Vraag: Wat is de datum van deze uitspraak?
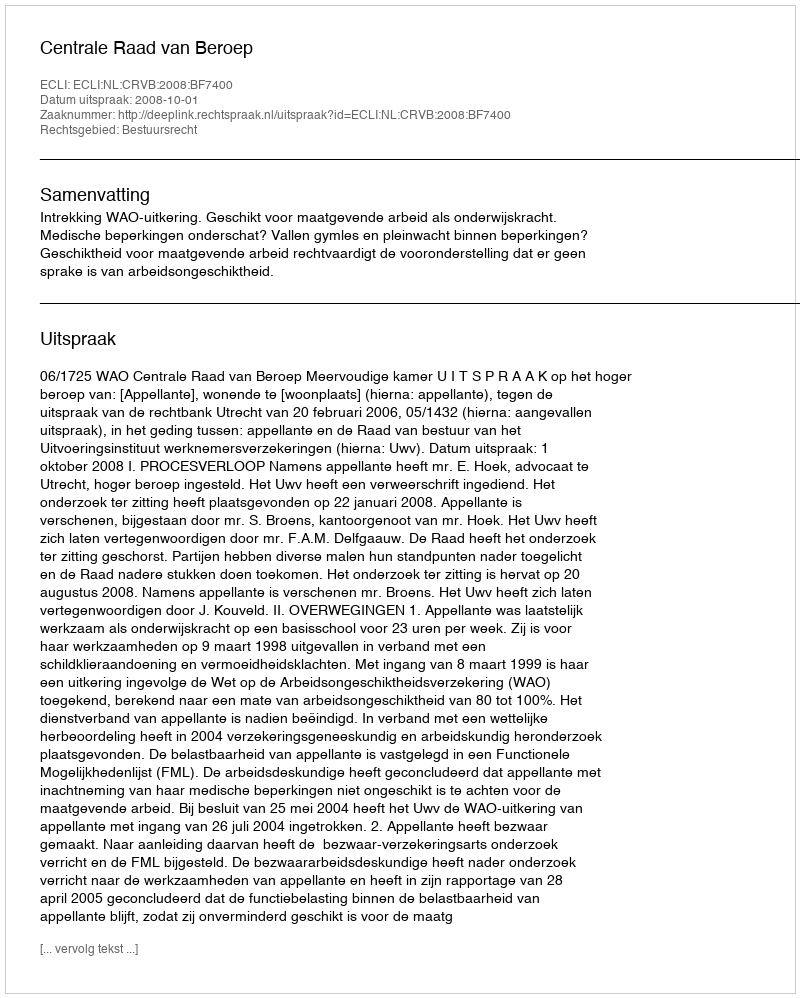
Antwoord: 2008-10-01